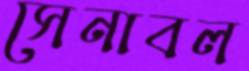
সেনাবল